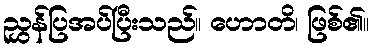
ညွှန်ပြအပ်ပြီးသည်။ ဟောတိ၊ ဖြစ်၏။